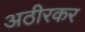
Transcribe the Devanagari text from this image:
अठीरकर